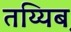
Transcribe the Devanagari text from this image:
तय्यिब़